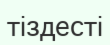
тіздесті